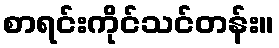
စာရင်းကိုင်သင်တန်း။